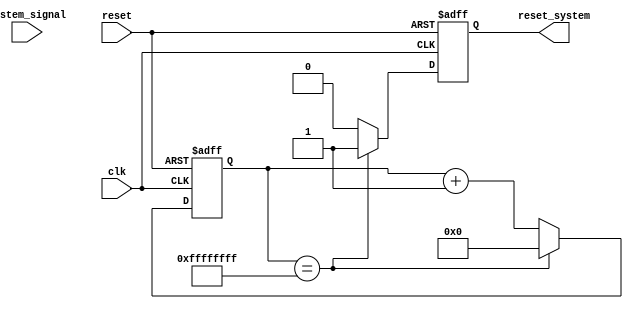
module watchdog_timer (
    input clk,
    input reset,
    input system_signal,
    output reset_system
);

reg [31:0] counter;
reg watchdog_reset;

always @(posedge clk or posedge reset) begin
    if (reset) begin
        counter <= 32'h0;
        watchdog_reset <= 1'b0;
    end else begin
        if (counter == 32'hFFFF_FFFF) begin
            counter <= 32'h0;
            watchdog_reset <= 1'b1;
        end else begin
            counter <= counter + 1;
            watchdog_reset <= 1'b0;
        end
    end
end

assign reset_system = watchdog_reset;

endmodule